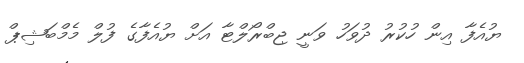
ޔުއެފާ އިން ހުކުރު ދުވަހު ވަނީ ޖިބްރޯލްޓާ އަށް ޔުއެފާގެ ފުލް މެމްބަޝިޕް